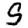
Digit: 9